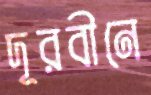
দূরবীনে